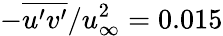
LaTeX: -\overline{{u^{\prime}v^{\prime}}}/u_{\infty}^{2}=0.015